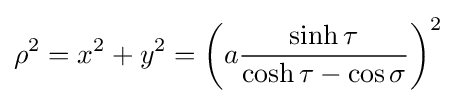
\rho ^{2}=x^{2}+y^{2}=\left(a{\frac {\sinh \tau }{\cosh \tau -\cos \sigma }}\right)^{2}